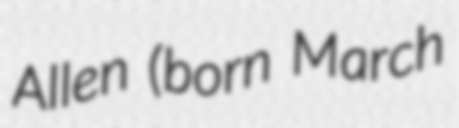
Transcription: Allen (born March